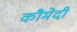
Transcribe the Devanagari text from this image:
कौमेदी